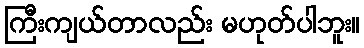
ကြီးကျယ်တာလည်း မဟုတ်ပါဘူး။